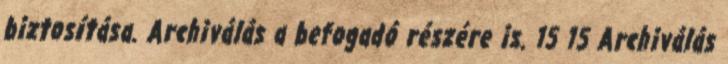
biztosítása. Archiválás a befogadó részére is. 15 15 Archiválás